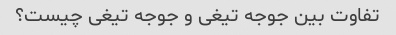
تفاوت بین جوجه تیغی و جوجه تیغی چیست؟